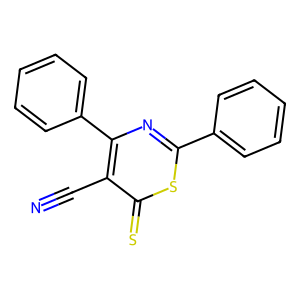
SMILES: N#Cc1c(-c2ccccc2)nc(-c2ccccc2)sc1=S
Inhibits HIV replication: No